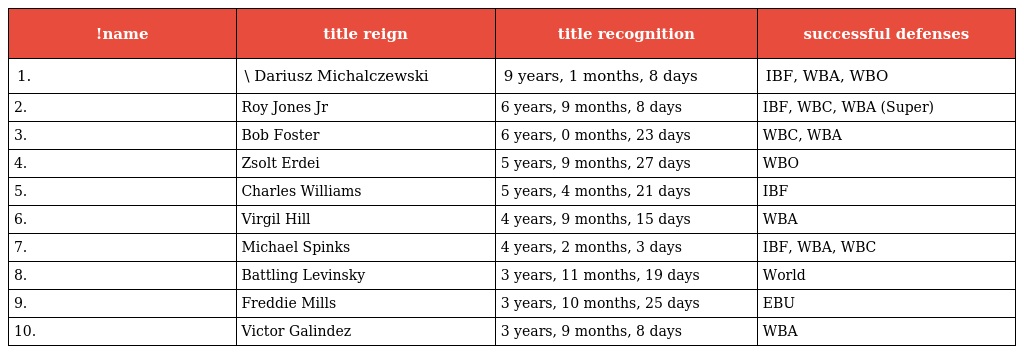
| !name | title reign | title recognition | successful defenses |
 | --- | --- | --- | --- |
 | 1. | \ Dariusz Michalczewski | 9 years, 1 months, 8 days | IBF, WBA, WBO |
 | 2. | Roy Jones Jr | 6 years, 9 months, 8 days | IBF, WBC, WBA (Super) |
 | 3. | Bob Foster | 6 years, 0 months, 23 days | WBC, WBA |
 | 4. | Zsolt Erdei | 5 years, 9 months, 27 days | WBO |
 | 5. | Charles Williams | 5 years, 4 months, 21 days | IBF |
 | 6. | Virgil Hill | 4 years, 9 months, 15 days | WBA |
 | 7. | Michael Spinks | 4 years, 2 months, 3 days | IBF, WBA, WBC |
 | 8. | Battling Levinsky | 3 years, 11 months, 19 days | World |
 | 9. | Freddie Mills | 3 years, 10 months, 25 days | EBU |
 | 10. | Victor Galindez | 3 years, 9 months, 8 days | WBA |